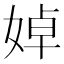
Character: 婥